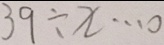
3 9 \div x \cdots 0